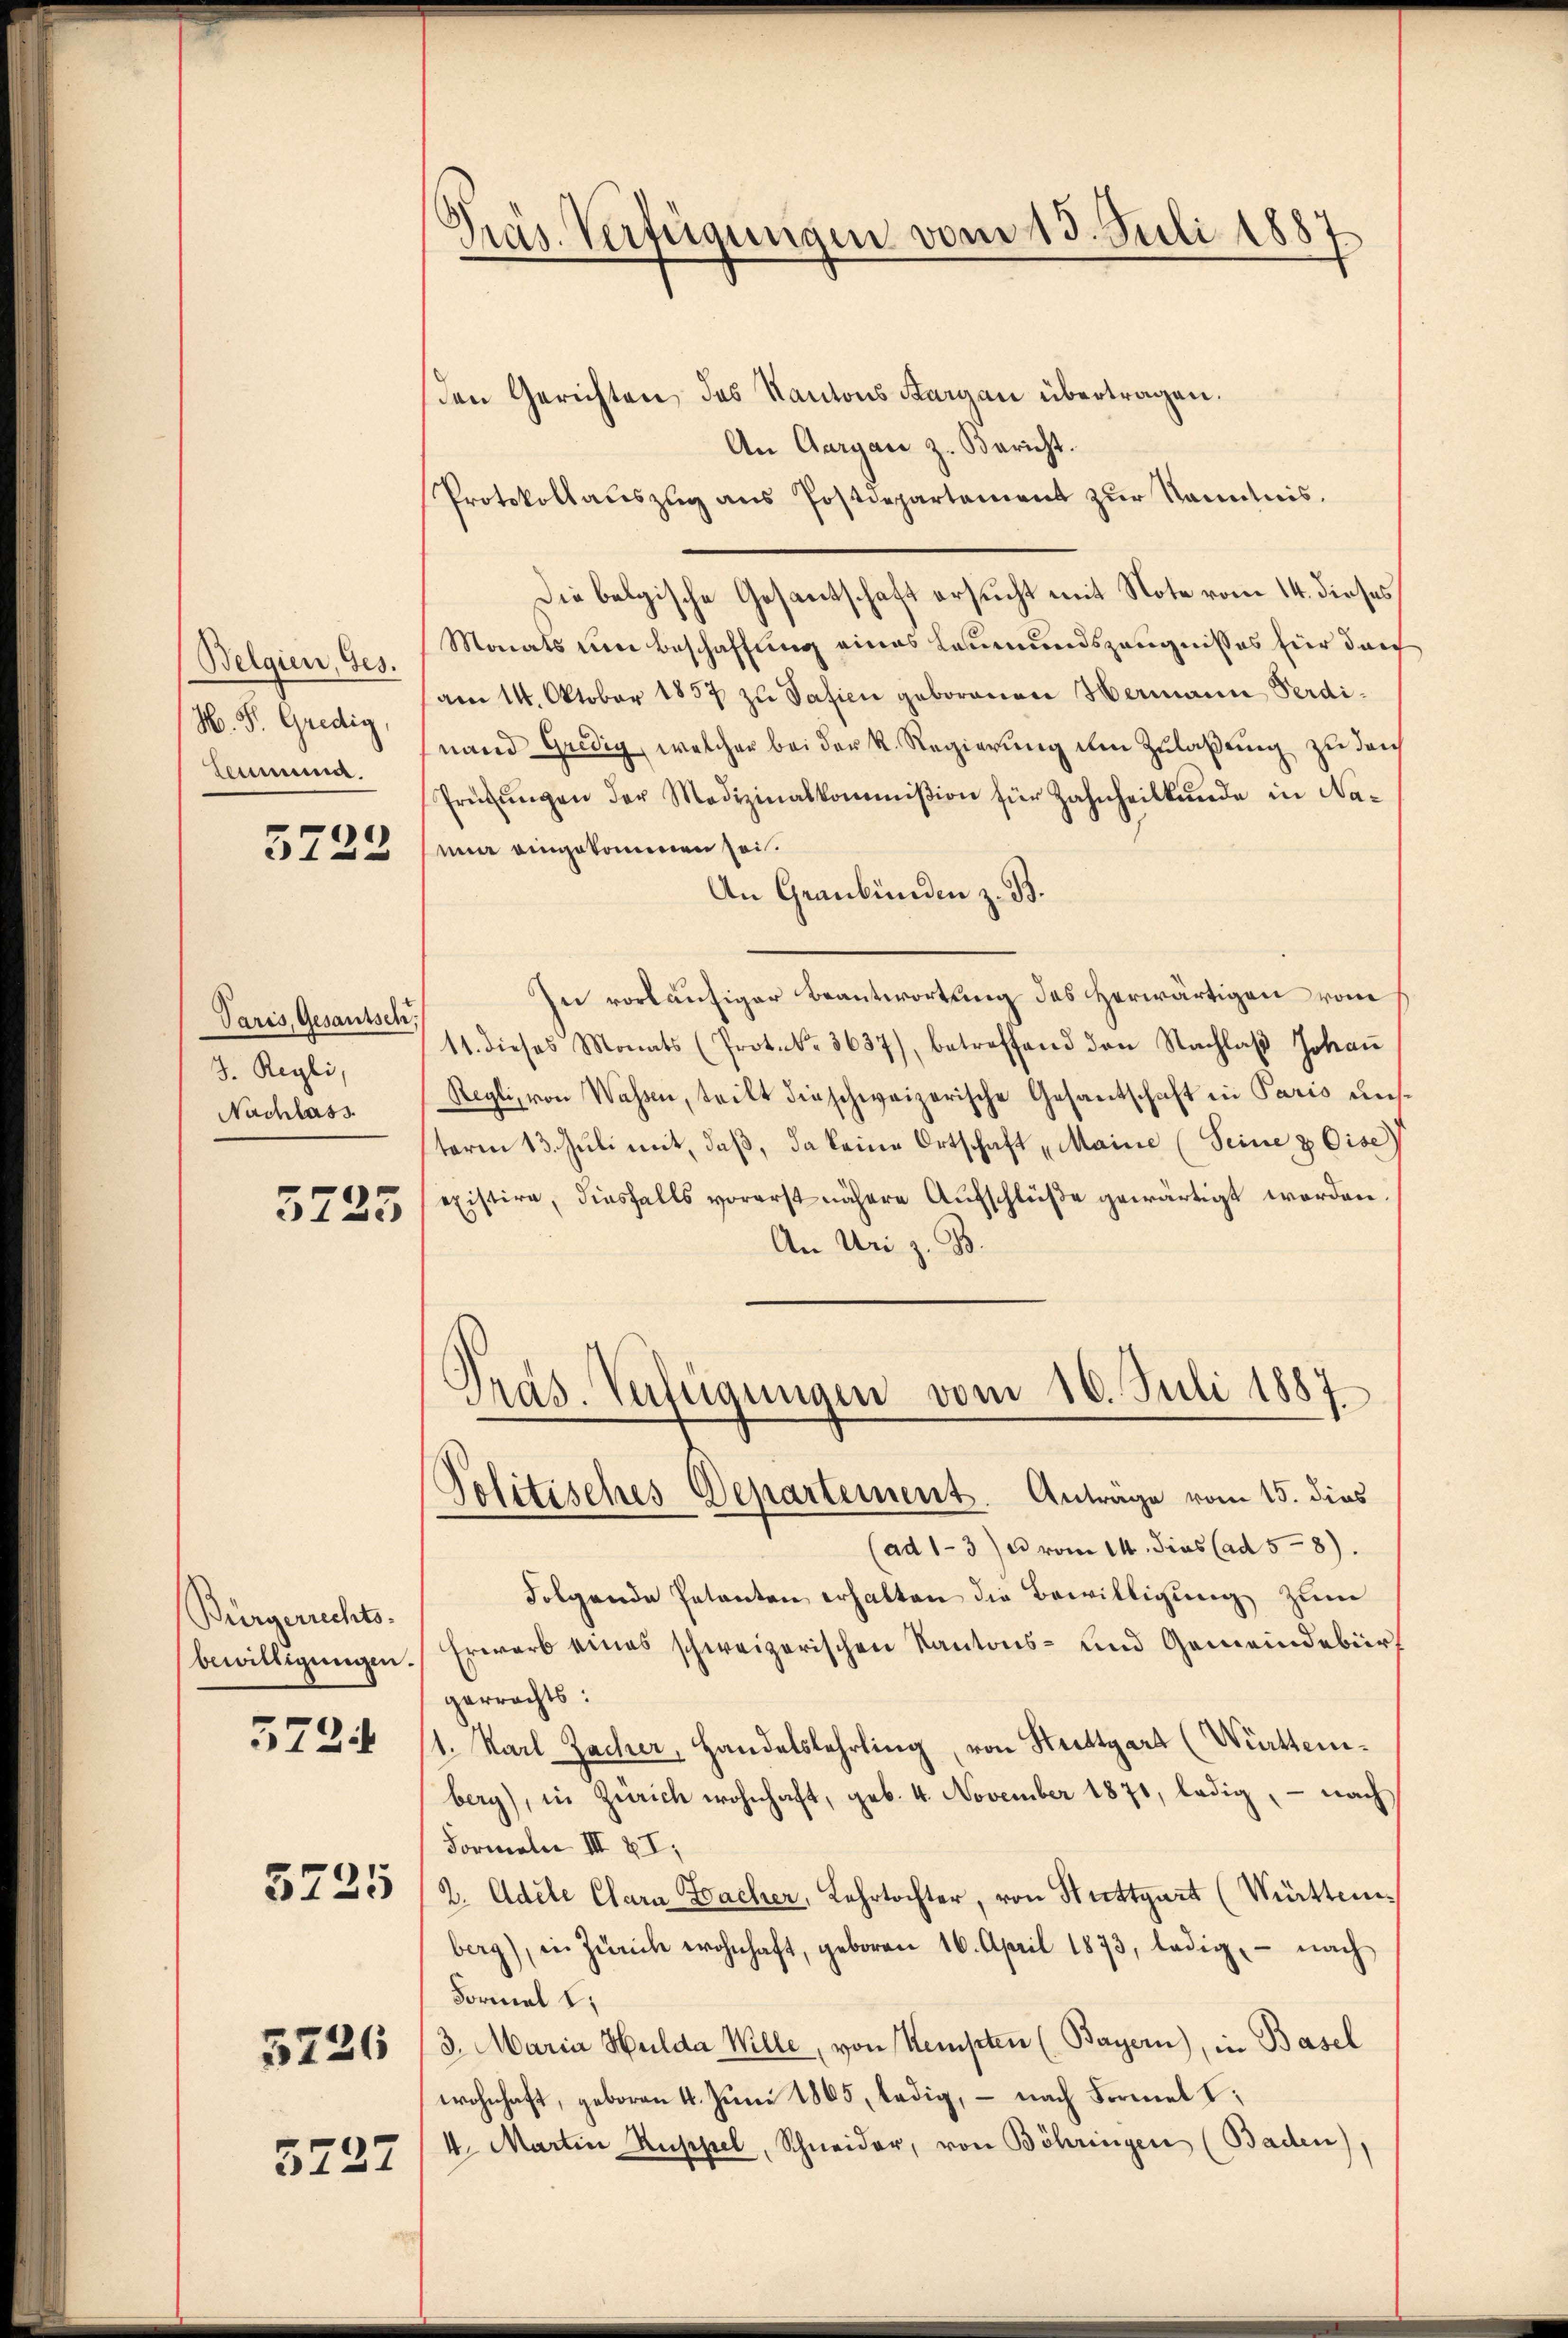
Belgien, Ges.
H. S. Gredig,
Commma.

5728

Paris, Gesantsch,
J. Regli,
Nachlass

3725

Bürgerrechts-
bewilligungen.
5725
5226

572.

5732

z
Pras. Verfügungen vom 13. Juli 1887.

den Gerichten des Kantons Aargau übertragen.
An Aargau z. Bericht.
Protokollaŭszŭg ans Postdepartement zŭr Kenntnis.
Die belgische Gesantschaft ersucht mit Note vom 14. dieses
Monats um Beschaffung eines Leumundszeugnisses für durch
am 14. Oktober 1857 zu Safici geborenen Hermann Ferdinand Gredig, welcher bei der K. Regierung in Zulaßung zu den
Prüfŭngen der Medizinalkommißion für Zahnheilkunde in Na-
mur eingekommen sei.
An Graubünden z. B.
In vorläufiger Beantwortung des Herwärtigen vom
11. dieses Monats (Protok. 3637), betreffend den Nachlaβ Johaṅ
Regli, von Wassen, teilt dieschweizerische Gesantschaft in Paris uns.
term 13. Juli mit, daβ, da keine Ortschaft „Maine (Seine & Cise)
existire, diesfalls vorerst nähere Aufschlüße gewärtigt worden.
An Uri z. B.
Präs. Verfügungen vom 10. Juli 1887
Politisches Departement. Anträge vom 15. dies
(ad 1-3) u vom 14. dies (ad 58).
Folgende Petenten erhalten die Bewilligung zum
Erwarb eines schweizerischen Kantons- und Gemeindebürgerrechts:
1. Karl Zacher, Handelslehrling, von Stuttgart (Württemberg), in Zürich wohnhaft, geb. 4. November 1871, ledig, – nach
Formeln III § I,
2. Adete Clara Facher, Lehrtochter, von Stuttgart (Württemberg), in Zürich wohnhaft, geboren 16. April 1873, ledig, - nach
Formal l.
3. Maria Hulda Wille, von Stempten (Bayern), in Basel
wohnhaft, geboren 4. Juni 1865, ledig, – nach Formel I
4. Martin Ruppel, Schneider, von Böhringen (Baden),